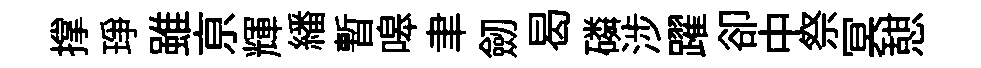
撑琤雖亰輝繙暫嗥聿劒曷磷涉躍卻中祭冥憇